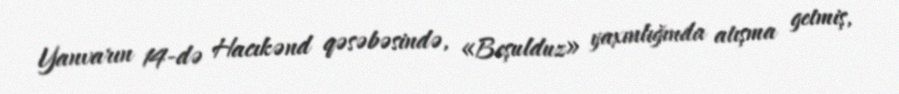
Yanvarın 14-də Hacıkənd qəsəbəsində, «Beşulduz» yaxınlığında atışma getmiş,